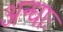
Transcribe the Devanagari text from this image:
अन्धाः